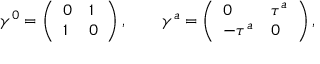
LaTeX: \gamma ^ { 0 } = \left( \begin{array} { l l } { { 0 } } & { { 1 } } \\ { { 1 } } & { { 0 } } \end{array} \right) , \qquad \gamma ^ { a } = \left( \begin{array} { l l } { { 0 } } & { { \tau ^ { a } } } \\ { { - \tau ^ { a } } } & { { 0 } } \end{array} \right) ,